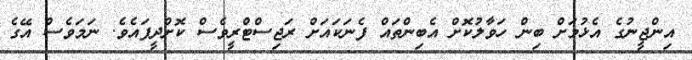
އިންޖީނުގެ އެޅުމަށް ބިން ހަވާލުކޮށް އެބިންތައް ފެނަކައަށް ރަޖިސްޓްރީވެސް ކޮށްދީފައެވެ. ނަމަވެސް އޭގެ